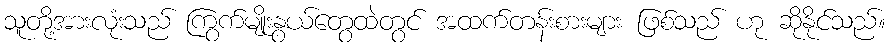
သူတို့အားလုံးသည် ကြွက်မျိုးနွယ်တွေထဲတွင် အထက်တန်းစားများ ဖြစ်သည် ဟု ဆိုနိုင်သည်။